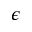
\epsilon